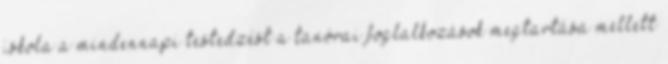
iskola a mindennapi testedzést a tanórai foglalkozások megtartása mellett